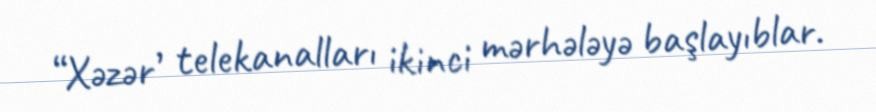
“Xəzər’ telekanalları ikinci mərhələyə başlayıblar.